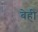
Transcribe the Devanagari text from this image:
बेही